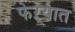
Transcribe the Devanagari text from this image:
फेऱ्यात